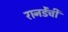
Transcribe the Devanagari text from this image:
रानडेंची